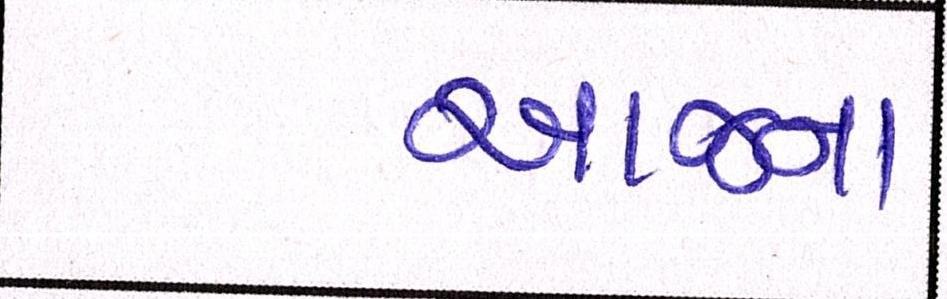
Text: આજના